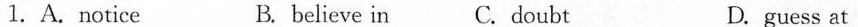
1.A.Notice B.believe in C. Doubt D.guess at